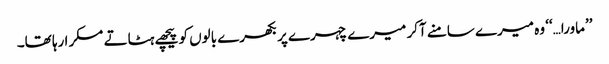
’’ماورا…‘‘ وہ میرے سامنے آکر میرے چہرے پر بکھرے بالوں کو پیچھے ہٹاتے مسکرا رہا تھا۔